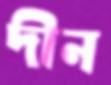
দীন